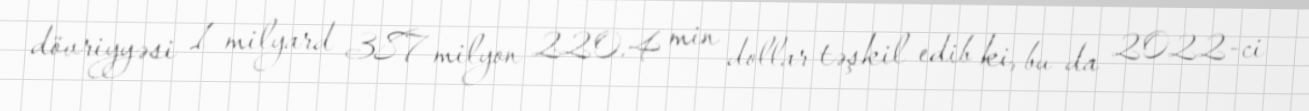
dövriyyəsi 1 milyard 387 milyon 220.4 min dollar təşkil edib ki, bu da 2022-ci